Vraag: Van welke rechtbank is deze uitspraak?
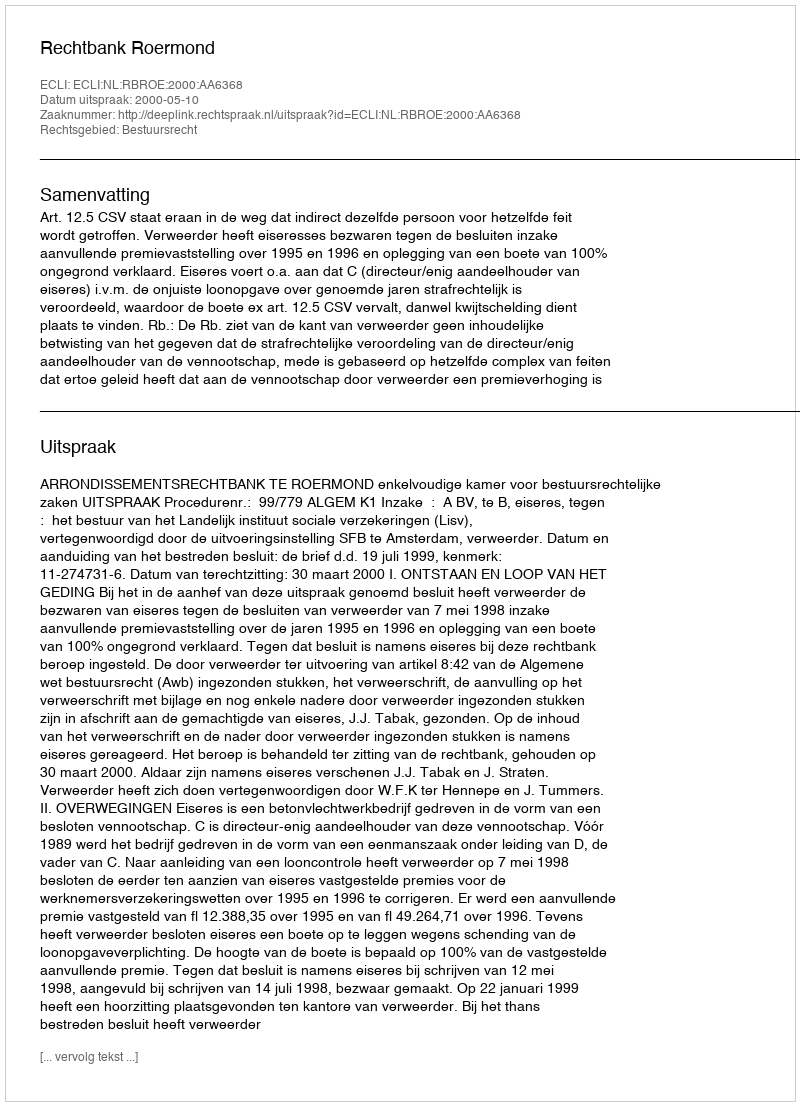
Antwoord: Rechtbank Roermond